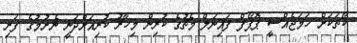
ކޯޗަކަށް ހަމަޖެއްސީ ޕޮޕޯފް ފައިނަލް މެޗުގެ ކުރިން މިހާރު ކުރިއަށްދަނީ ނެށުމުގެ ފަރި